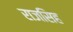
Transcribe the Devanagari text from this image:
राजसिह